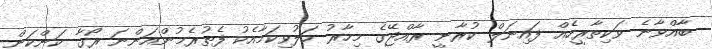
ބާއްވާނެ ވަކިތާރީހެއް ފައިނަލް ކުރާނީ ރާއްޖޭގެ މިހާރު ހަލުވިކަމާއެކު ފެތުރެމުންއަންނަ ރޯގާ ކަންކަން